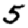
Digit: 5